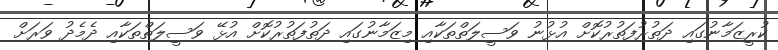
ކުރީޒަމާނުގައި ދަތުރުފަތުރުކޮށް އުޅުނު ވަސީލަތްތަކާއި މިޒަމާނުގައި ދަތުފަތުރުކޮށް އުޅޭ ވަސީލަތްތަކާއި ދެމެދު ވަރަށް